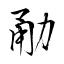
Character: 勈